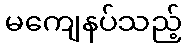
မကျေနပ်သည့်